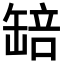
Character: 䍌